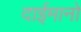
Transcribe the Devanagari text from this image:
दाईमानो